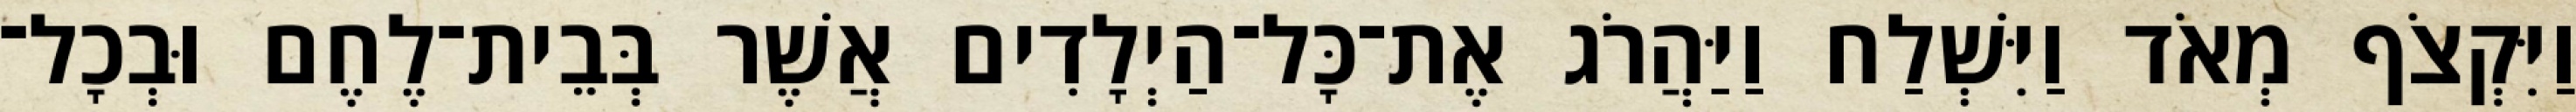
וַיִּקְצֹף מְאֹד וַיִּשְׁלַח וַיַּהֲרֹג אֶת־כָּל־הַיְלָדִים אֲשֶׁר בְּבֵית־לֶחֶם וּבְכָל־